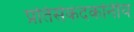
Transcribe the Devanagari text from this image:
प्रतिसेकंदकोनीय